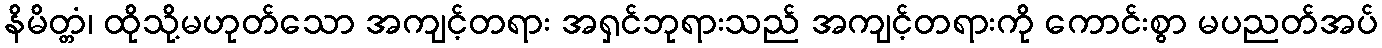
နိမိတ္တံ၊ ထိုသို့မဟုတ်သော အကျင့်တရား အရှင်ဘုရားသည် အကျင့်တရားကို ကောင်းစွာ မပညတ်အပ်